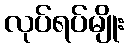
လုပ်ရပ်မျိုး